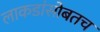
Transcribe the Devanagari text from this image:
लाकडांसोबतच